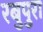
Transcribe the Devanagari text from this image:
रबुपुरा